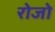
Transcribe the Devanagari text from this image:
रोजो